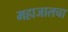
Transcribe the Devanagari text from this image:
महाजालचा